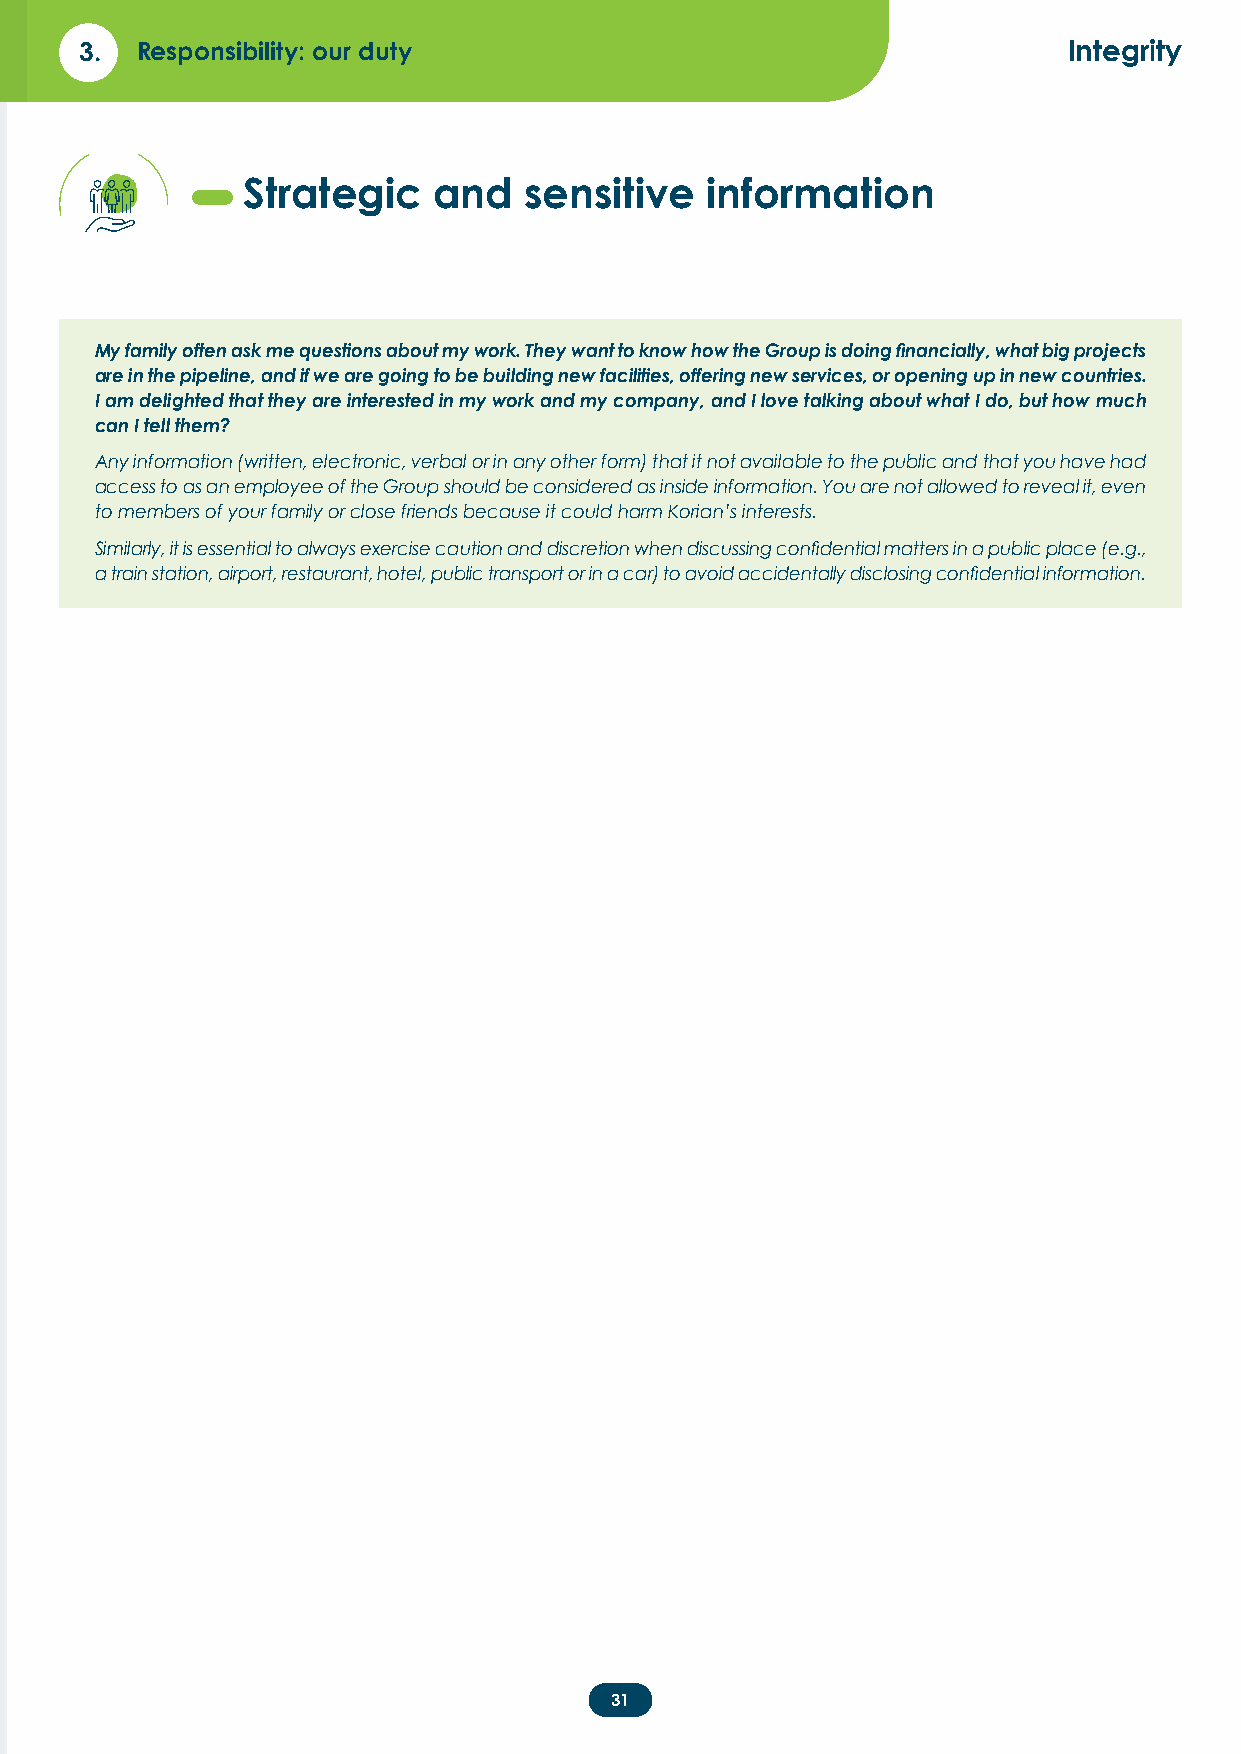
3.  Responsibility: our duty                                      Integrity
 Strategic    and   sensitive   information
 My family often ask me questions about my work. They want to know how the Group is doing financially, what big projects
 are in the pipeline, and if we are going to be building new facilities, offering new services, or opening up in new countries.
 I am delighted that they are interested in my work and my company, and I love talking about what I do, but how much
 can I tell them?
 Any information (written, electronic, verbal or in any other form) that it not available to the public and that you have had
 access to as an employee of the Group should be considered as inside information. You are not allowed to reveal it, even
 to members of your family or close friends because it could harm Korian’s interests.
 Similarly, it is essential to always exercise caution and discretion when discussing confidential matters in a public place (e.g.,
 a train station, airport, restaurant, hotel, public transport or in a car) to avoid accidentally disclosing confidential information.
 31